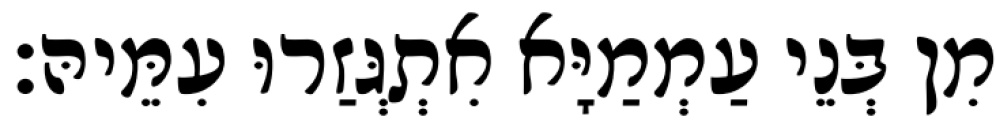
מִן בְּנֵי עַמְמַיָּא אִתְגְּזַרוּ עִמֵּיהּ׃